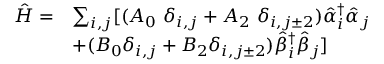
\begin{array} { l l } { \hat { H } = } & { \sum _ { i , j } [ { ( A _ { 0 } \ { \delta } _ { i , j } + A _ { 2 } \ { \delta } _ { i , j \pm 2 } ) \hat { \alpha } _ { i } ^ { { \dagger } } \hat { \alpha } _ { j } } } \\ & { + { ( B _ { 0 } { \delta } _ { i , j } + B _ { 2 } { \delta } _ { i , j \pm 2 } ) \hat { \beta } _ { i } ^ { { \dagger } } \hat { \beta } _ { j } } ] } \end{array}